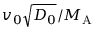
v _ { 0 } \sqrt { D _ { 0 } } / { M _ { \mathrm { A } } }